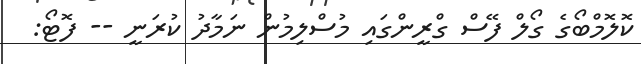
ކޮލޮމްބޯގެ ގޯލް ފޭސް ގްރީންގައި މުސްލިމުން ނަމާދު ކުރަނީ -- ފޮޓޯ: